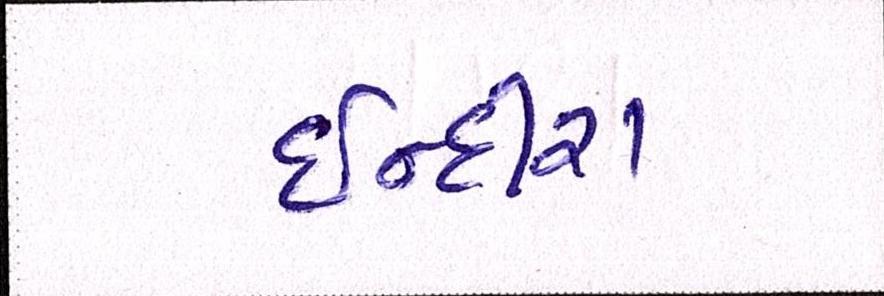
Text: ઈન્દીરા